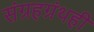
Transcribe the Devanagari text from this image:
संग्रहग्रंथही